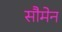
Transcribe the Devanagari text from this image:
सौमेन